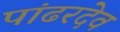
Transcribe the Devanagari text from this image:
पांढरदेव